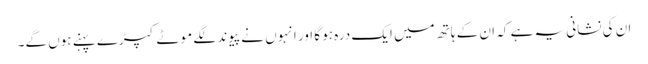
ان کی نشانی یہ ہے کہ ان کے ہاتھ میں ایک درہ ہو گا اور انہوں نے پیوند لگے موٹے کپڑے پہنے ہوں گے۔